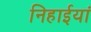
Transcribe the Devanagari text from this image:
निहाईयां